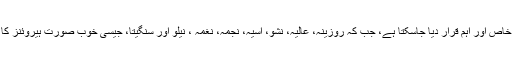
تاہم اس جوڑی کی یادگار فلموں میں ’’شبانہ‘‘ اور ’’وقت‘‘ کو بہ طور خاص اور اہم قرار دیا جاسکتا ہے، جب کہ روزینہ، عالیہ، نشو، آسیہ، نجمہ، نغمہ ، نیلو اور سنگیتا، جیسی خُوب صورت ہیروئنز کا پیئر بھی وحید مراد کے ساتھ عوامی توجہ اور دل چسپی کا حامل رہا۔